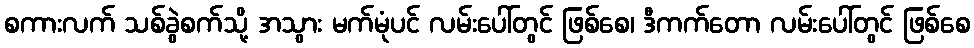
စကားလက် သစ်ခွဲစက်သို့ အသွား မက်မုံပင် လမ်းပေါ်တွင် ဖြစ်စေ၊ ဒီကက်တော လမ်းပေါ်တွင် ဖြစ်စေ